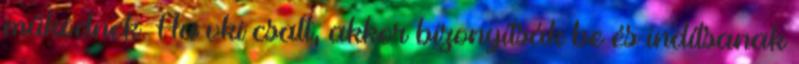
működnek. Ha vki csalt, akkor bizonyítsák be és indítsanak